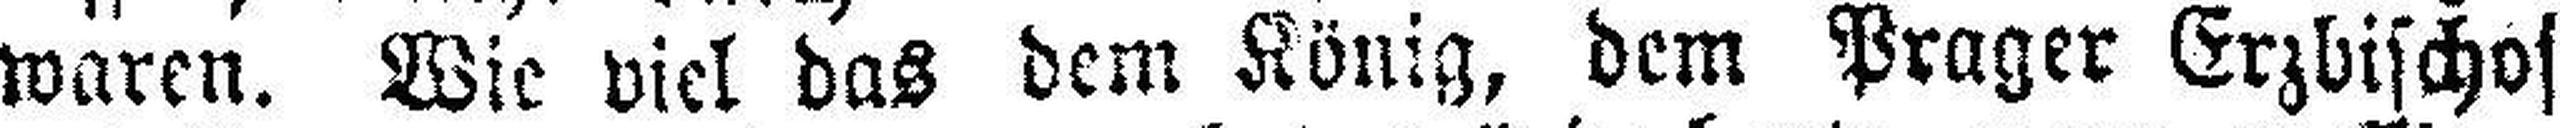
waren. Wie viel das dem König, dem Prager Erzbischof